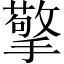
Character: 擎